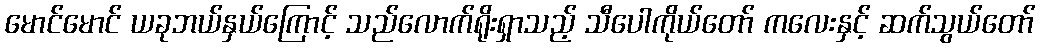
မောင်မောင် ယခုဘယ်နှယ်ကြောင့် သည်လောက်ရိုးရှာသည့် သီပေါကိုယ်တော် ကလေးနှင့် ဆက်သွယ်တော်